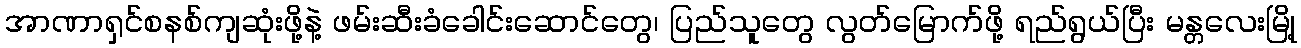
အာဏာရှင်စနစ်ကျဆုံးဖို့နဲ့ ဖမ်းဆီးခံခေါင်းဆောင်တွေ၊ ပြည်သူတွေ လွတ်မြောက်ဖို့ ရည်ရွယ်ပြီး မန္တလေးမြို့